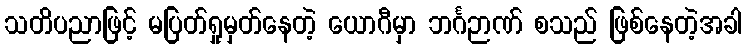
သတိပညာဖြင့် မပြတ်ရှုမှတ်နေတဲ့ ယောဂီမှာ ဘင်္ဂဉာဏ် စသည် ဖြစ်နေတဲ့အခါ